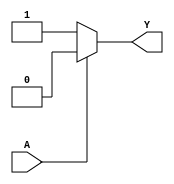
module single_variable_kmap (
    input wire A,  // Input variable
    output wire Y  // Output variable
);

// Define the output based on the input variable A
assign Y = (A == 1'b0) ? 1'b1 : 1'b0; // Y0 = 1 when A = 0, Y1 = 0 when A = 1

endmodule